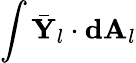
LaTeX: \int\bar{\mathbf{Y}}_{l}\cdot\mathbf{dA}_{l}